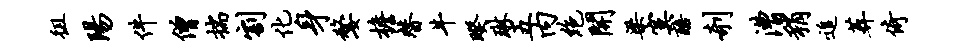
徂阳件僧揣割化身嫠檐替牛暌琳五内绝开梁寞醅剞漕稍追葬倚